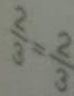
\frac { 2 } { 3 } = \frac { 2 } { 3 }